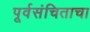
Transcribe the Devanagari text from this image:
पूर्वसंचिताचा